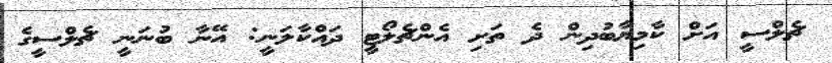
ޗެލްސީ އަށް ކާމިޔާބުދިން ދެ ތަށި އެންޗެލޯޓީ ދައްކާލަނީ: އޭނާ ބުނަނީ ޗެލްސީގެ